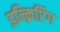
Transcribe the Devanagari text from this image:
इन्क्रिप्टिंग